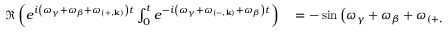
\begin{array} { r l } { \Re \left( e ^ { i \left( \omega _ { \gamma } + \omega _ { \beta } + \omega _ { \left( + , \mathbf { k } \right) } \right) t } \int _ { 0 } ^ { t } e ^ { - i \left( \omega _ { \gamma } + \omega _ { \left( - , \mathbf { k } \right) } + \omega _ { \beta } \right) t } \right) } & { { } = - \sin \left( \omega _ { \gamma } + \omega _ { \beta } + \omega _ { \left( + , \mathbf { k } \right) } \right) t \frac { 1 - \cos \left( \omega _ { \gamma } + \omega _ { \left( - , \mathbf { k } \right) } + \omega _ { \beta } \right) t } { \left( \omega _ { \gamma } + \omega _ { \left( - , \mathbf { k } \right) } + \omega _ { \beta } \right) } } \end{array}